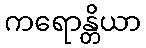
ကရောန္တိယာ